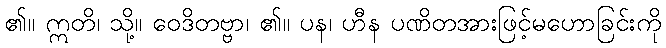
၏။ ဣတိ၊ သို့။ ဝေဒိတဗ္ဗာ၊ ၏။ ပန၊ ဟီန ပဏိတအားဖြင့်မဟောခြင်းကို